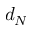
d _ { N }